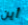
أين